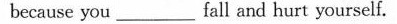
because you_fall and hurt yourself.